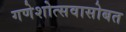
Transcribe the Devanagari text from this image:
गणेशोत्सवासोबत